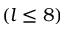
( l \leq 8 )